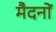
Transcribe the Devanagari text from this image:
मैदनों